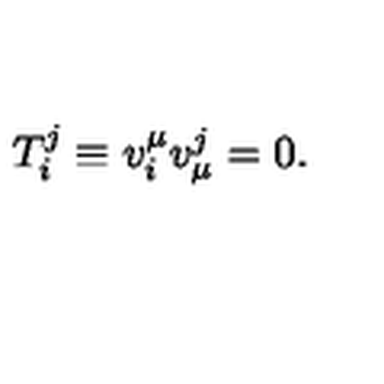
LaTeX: T _ { i } ^ { j } \equiv v _ { i } ^ { \mu } v _ { \mu } ^ { j } = 0 .